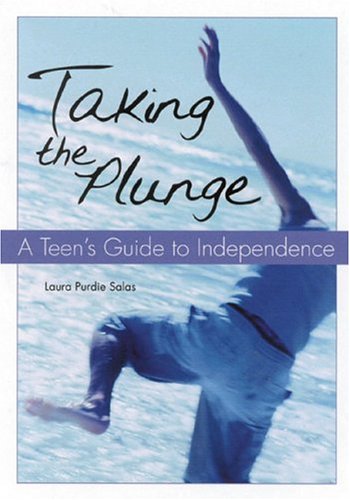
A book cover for Taking the Plunge: A Teen's Guide to Independence; Laura Purdie Salas; Teen & Young Adult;